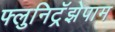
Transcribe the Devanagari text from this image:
फ्लुनिट्रॅझेपाम